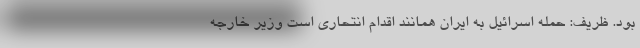
بود. ظریف: حمله اسرائیل به ایران همانند اقدام انتحاری است وزیر خارجه